Report on vaccination in Madras 1895-1903 - 1895-1903
Year: 1895
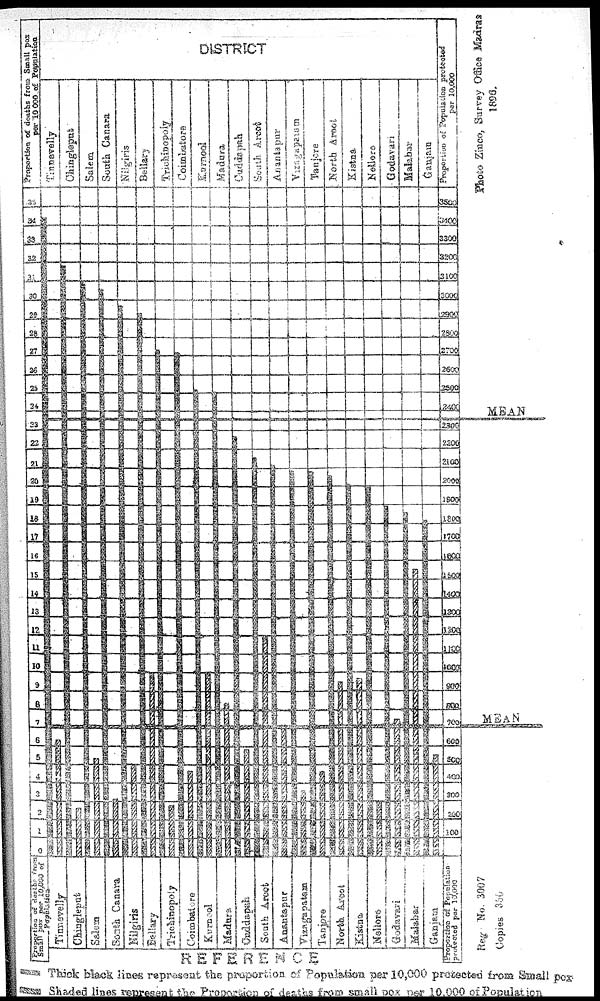
REFERENCE
Thick black lines represent the proportion of Population per 10,000 protected from Small pox-
Shaded lines represent the Proportion of deaths from small pox per 10,000 of Population
Photo Zinco,
Survey Office
Reg No 3007
Copies 350